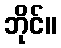
ဘိုင်။